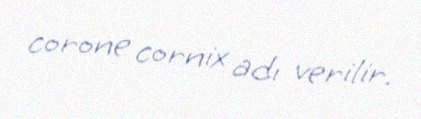
corone cornix adı verilir.